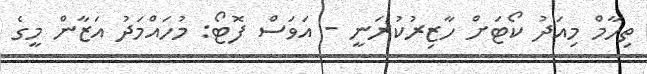
ތިހާމް މިއަދު ކޯޓަށް ހާޒިރުކުރަނީ - އަވަސް ފޮޓޯ: މުހައްމަދު އަޒާން މީގެ